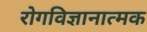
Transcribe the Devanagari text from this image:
रोगविज्ञानात्मक